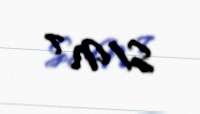
S/N 7